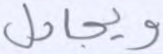
ويجادل